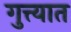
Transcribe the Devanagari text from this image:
गुत्त्यात